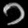
Digit: ၁